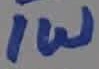
Text: 1W